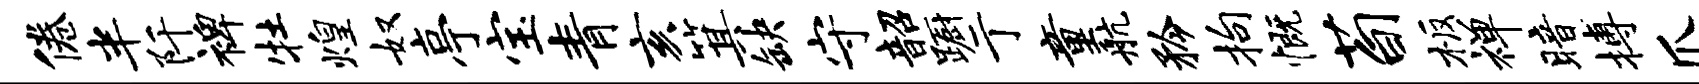
倦半阡裨牡煌奴亭宝青亥箕缺守韶蹰亍童航矜拘慨荀板禅暗搏爪